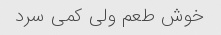
خوش طعم ولی کمی سرد